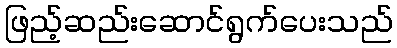
ဖြည့်ဆည်းဆောင်ရွက်ပေးသည်